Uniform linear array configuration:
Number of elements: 4
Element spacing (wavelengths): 0.5
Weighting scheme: hamming
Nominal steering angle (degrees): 15
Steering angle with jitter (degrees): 16.88
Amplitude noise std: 0.05
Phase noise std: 0.05

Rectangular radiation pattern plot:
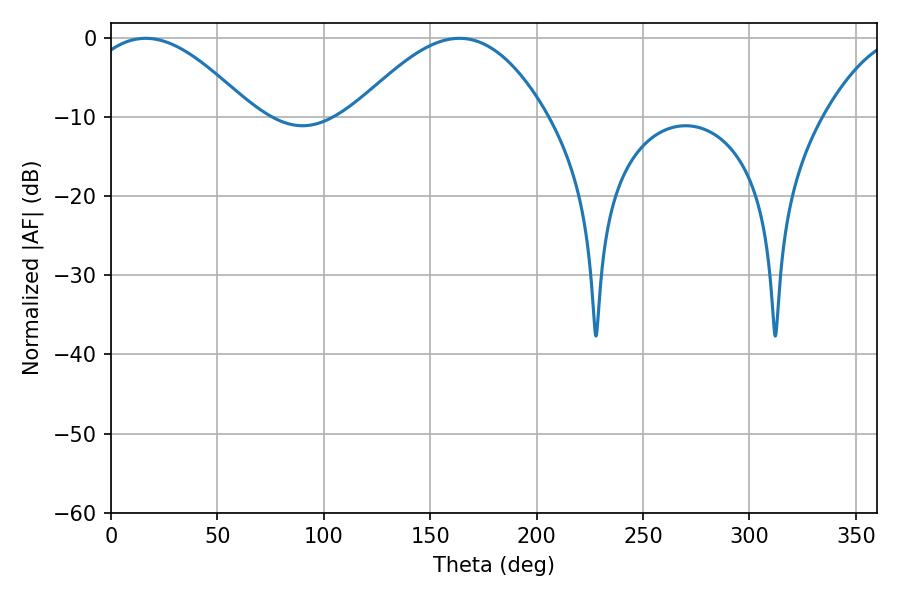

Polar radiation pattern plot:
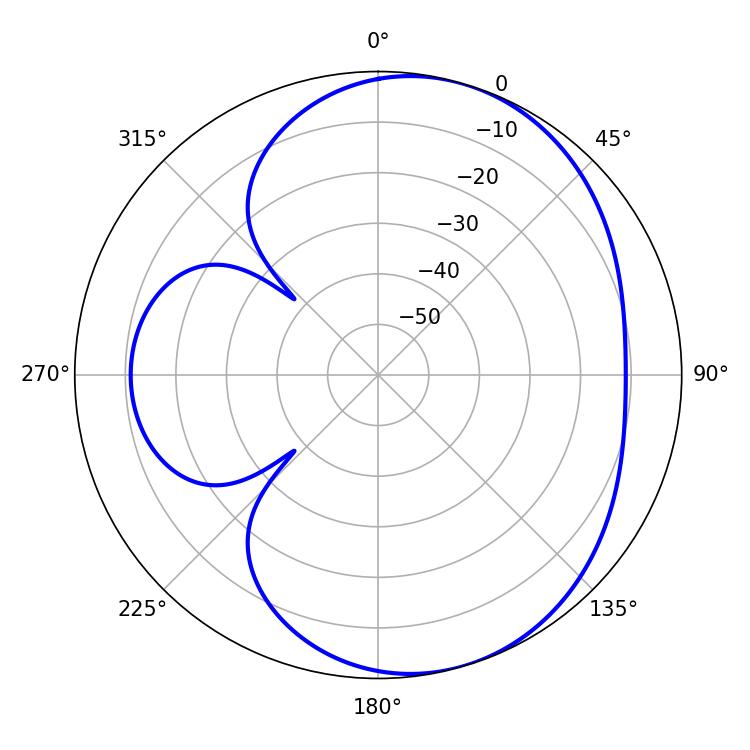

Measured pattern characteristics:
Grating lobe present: FALSE
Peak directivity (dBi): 5.489
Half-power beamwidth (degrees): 42.3
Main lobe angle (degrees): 16.2